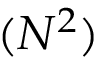
( N ^ { 2 } )